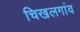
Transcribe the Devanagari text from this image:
चिखलगांव